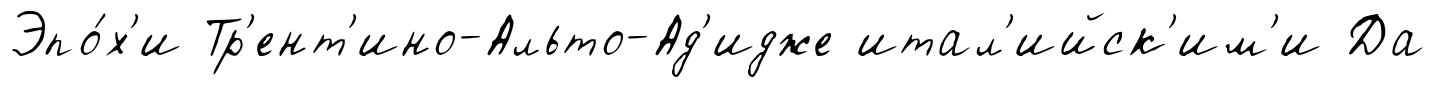
Эпо́х'и Тр'ент'ино-Альто-Ад'идже итал'ийск'им'и Да